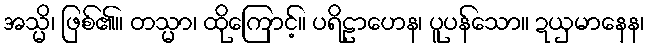
အသ္မိ၊ ဖြစ်၏။ တသ္မာ၊ ထိုကြောင့်။ ပရိဠာဟေန၊ ပူပန်သော။ ဍယှမာနေန၊